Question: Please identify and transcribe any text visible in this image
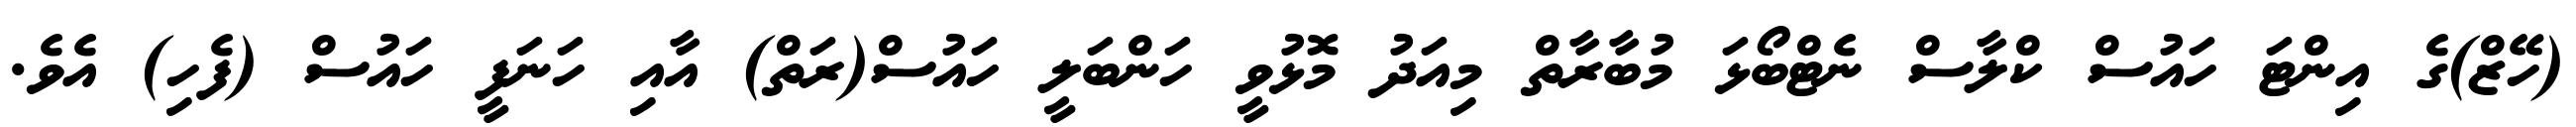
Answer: (ހޭޒް)ގެ އިންޓަ ހައުސް ކްލާސް ނެޓްބޯޅަ މުބާރާތް މިއަދު މޮޅުވީ ހަންބަލީ ހައުސް(ރަތް) އާއި ހަނަފީ ހައުސް (ފެހި) އެވެ.